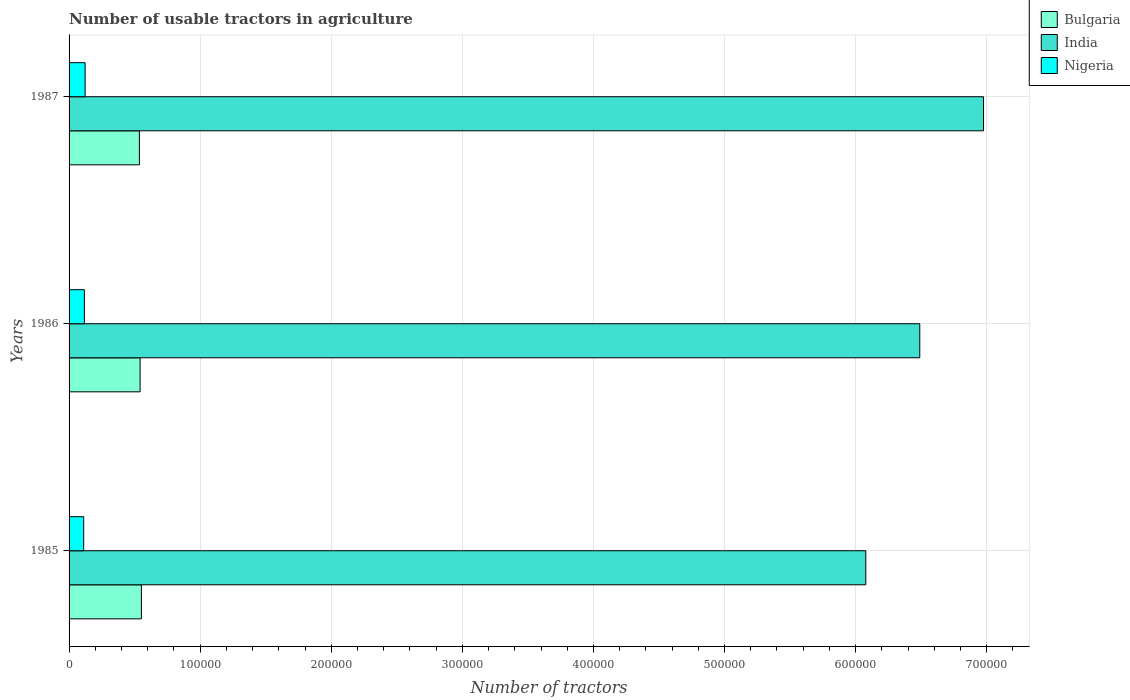
| Years | Bulgaria | India | Nigeria |
 | --- | --- | --- | --- |
 | 1985 | 5.52e+04 | 6.08e+05 | 1.12e+04 |
 | 1986 | 5.42e+04 | 6.49e+05 | 1.17e+04 |
 | 1987 | 5.36e+04 | 6.98e+05 | 1.22e+04 |